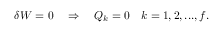
\delta W = 0 \quad \Rightarrow \quad Q _ { k } = 0 \quad k = 1 , 2 , . . . , f .